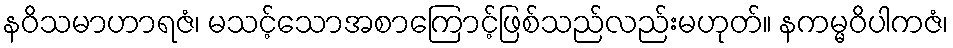
နဝိသမာဟာရဇံ၊ မသင့်သောအစာကြောင့်ဖြစ်သည်လည်းမဟုတ်။ နကမ္မဝိပါကဇံ၊